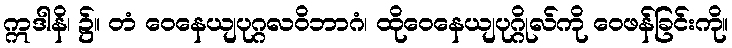
ဣဒါနိ၊ ၌။ တံ ဝေနေယျပုဂ္ဂလဝိဘာဂံ၊ ထိုဝေနေယျပုဂ္ဂိုလ်ကို ဝေဖန်ခြင်းကို။